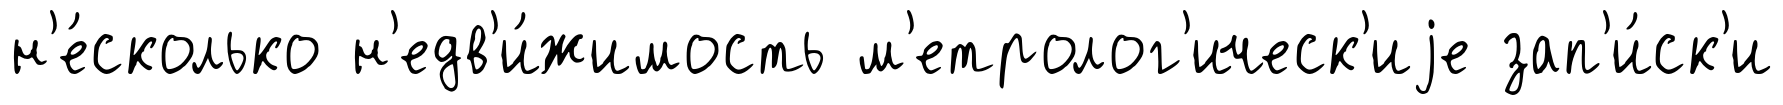
н'е́сколько н'едв'и́жимость м'етролог'ическ'иjе зап'и́ск'и